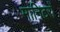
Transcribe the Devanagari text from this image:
मानिटरों